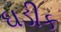
ઘડીક